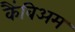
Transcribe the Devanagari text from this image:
कैंबिअम